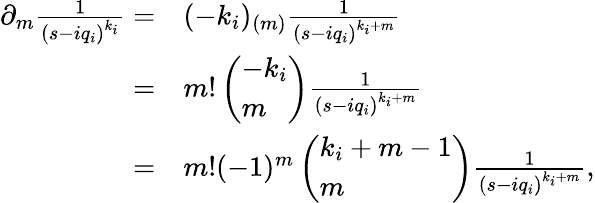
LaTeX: \begin{array}{rl}{\partial_{m}\frac{1}{\left(s-iq_{i}\right)^{k_{i}}}=}&{{}(-k_{i})_{(m)}\frac{1}{\left(s-iq_{i}\right)^{k_{i}+m}}}\\ {=}&{{}m!\left(\begin{array}{l}{-k_{i}}\\ {m}\end{array}\right)\frac{1}{\left(s-iq_{i}\right)^{k_{i}+m}}}\\ {=}&{{}m!(-1)^{m}\left(\begin{array}{l}{k_{i}+m-1}\\ {m}\end{array}\right)\frac{1}{\left(s-iq_{i}\right)^{k_{i}+m}},}\end{array}